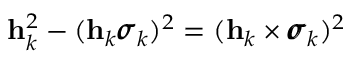
\mathbf h _ { k } ^ { 2 } - ( \mathbf h _ { k } \pmb { \sigma } _ { k } ) ^ { 2 } = ( \mathbf h _ { k } \times \pmb { \sigma } _ { k } ) ^ { 2 }